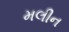
મલીન